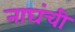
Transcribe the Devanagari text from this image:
नाघंची